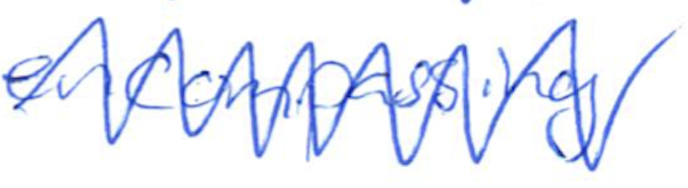
Text: encompassing
Cross-out: zig-zag
Writing tool: ballpoint